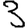
Digit: 3